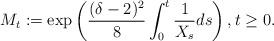
LaTeX: \begin{align*}M_t:=\exp\left(\frac{(\delta-2)^2}{8}\int_0^t \frac{1}{X_s}ds\right), t \geq 0.\end{align*}